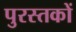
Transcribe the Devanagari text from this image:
पुरस्तकों